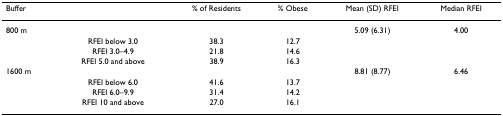
<table><thead><tr><td><b>Buffer</b></td><td></td><td><b>% of Residents</b></td><td><b>% Obese</b></td><td><b>Mean (SD) RFEI</b></td><td><b>Median RFEI</b></td></tr></thead><tbody><tr><td>800 m</td><td></td><td></td><td></td><td>5.09 (6.31)</td><td>4.00</td></tr><tr><td></td><td>RFEI below 3.0</td><td>38.3</td><td>12.7</td><td></td><td></td></tr><tr><td></td><td>RFEI 3.0–4.9</td><td>21.8</td><td>14.6</td><td></td><td></td></tr><tr><td></td><td>RFEI 5.0 and above</td><td>38.9</td><td>16.3</td><td></td><td></td></tr><tr><td>1600 m</td><td></td><td></td><td></td><td>8.81 (8.77)</td><td>6.46</td></tr><tr><td></td><td>RFEI below 6.0</td><td>41.6</td><td>13.7</td><td></td><td></td></tr><tr><td></td><td>RFEI 6.0–9.9</td><td>31.4</td><td>14.2</td><td></td><td></td></tr><tr><td></td><td>RFEI 10 and above</td><td>27.0</td><td>16.1</td><td></td><td></td></tr></tbody></table>